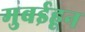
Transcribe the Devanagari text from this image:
मुबईहून